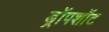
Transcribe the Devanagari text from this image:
ड्रॉपशॉट